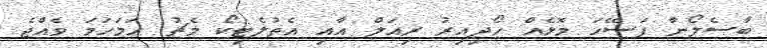
ބާސެލޯނާ ފަސޭހަ މޮޅެއް ހޯދިއިރު ރިއަލް އާއި އެތުލެޓިކޯ މެޗު ހަމަހަމަ ވެއްޖެ